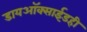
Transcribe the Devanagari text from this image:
डायऑक्साईडही